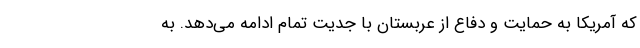
که آمریکا به حمایت و دفاع از عربستان با جدیت تمام ادامه می‌دهد. به